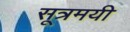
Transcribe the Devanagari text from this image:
सूत्रमयी